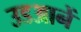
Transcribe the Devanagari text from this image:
उडआनें